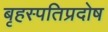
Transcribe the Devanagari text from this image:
बृहस्पतिप्रदोष